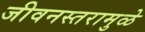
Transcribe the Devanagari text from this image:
जीवनस्तरामुळे